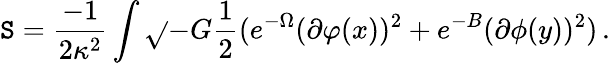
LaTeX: \mathtt{S}=\frac{{-1}}{{2\kappa^{2}}}\int\sqrt{}{{-G}}\frac{{1}}{{2}}(e^{-\Omega}(\partial\varphi(x))^{2}+e^{-B}(\partial\phi(y))^{2})\, .